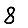
Digit: 8